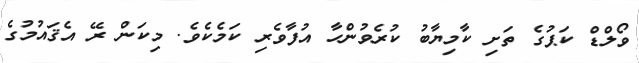
ވޯލްޑް ކަޕުގެ ތަށި ކާމިޔާބު ކުރެވުންހާ އުފާވެރި ކަމެކެވެ. މިކަން ރޭ އެޤައުމުގެ